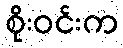
စိုးဝင်းက